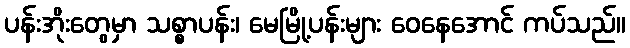
ပန်းအိုးတွေမှာ သစ္စာပန်း၊ မေမြို့ပန်းများ ဝေနေအောင် ကပ်သည်။